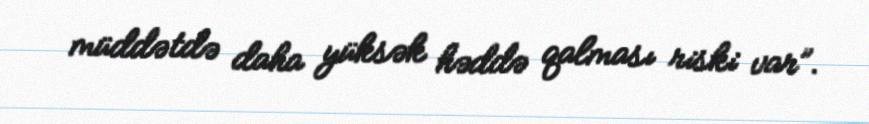
müddətdə daha yüksək həddə qalması riski var”.